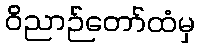
ဝိညာဉ်တော်ထံမှ